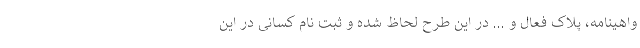
واهینامه، پلاک فعال و ... در این طرح لحاظ شده و ثبت نام کسانی در این